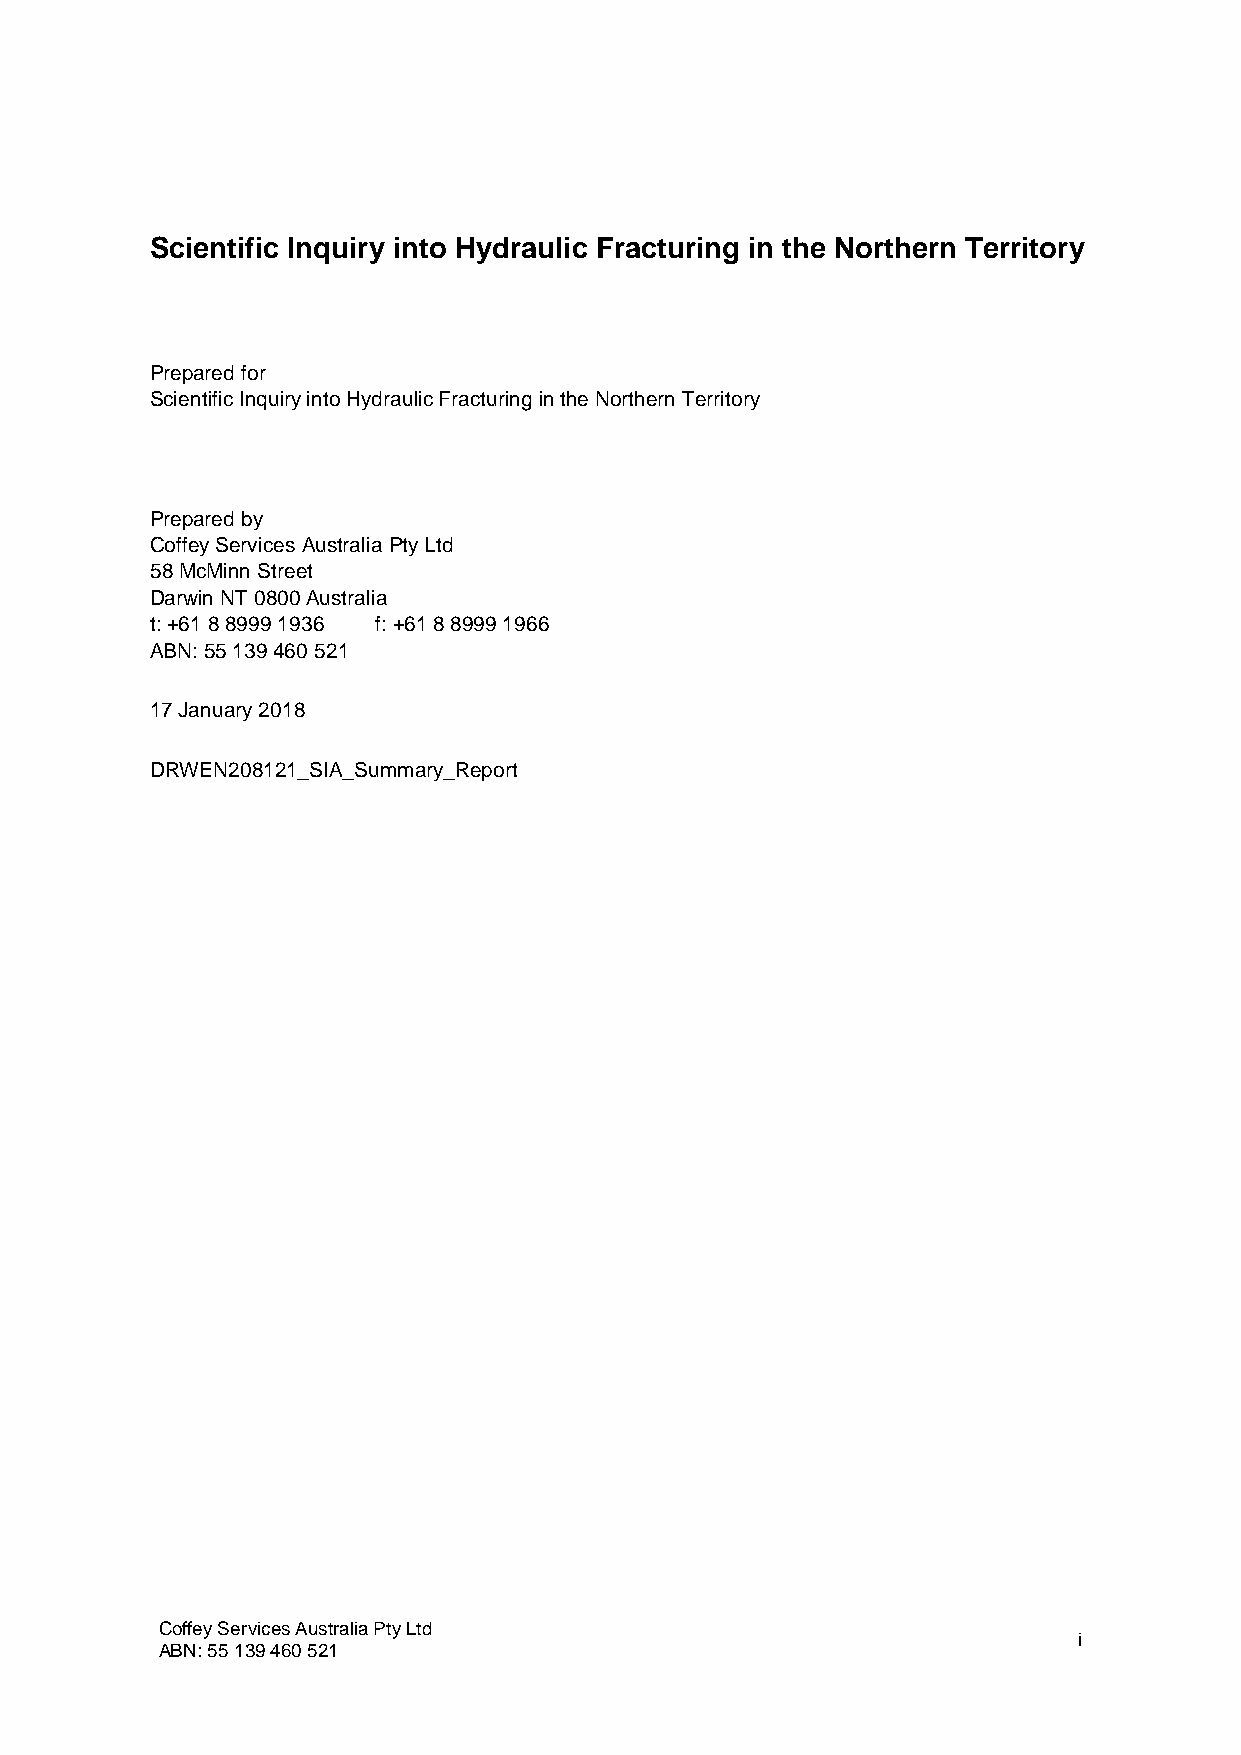
Scientific Inquiry into Hydraulic Fracturing in the Northern Territory
 Prepared for
 Scientific Inquiry into Hydraulic Fracturing in the Northern Territory
 Prepared by
 Coffey Services Australia Pty Ltd
 58 McMinn Street
 Darwin NT 0800 Australia
 t: +61 8 8999 1936 f: +61 8 8999 1966
 ABN: 55 139 460 521
 17 January 2018
 DRWEN208121_SIA_Summary_Report
 Coffey Services Australia Pty Ltd
 i
 ABN: 55 139 460 521